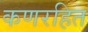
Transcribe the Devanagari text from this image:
कणरहित